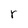
Character: r